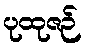
ပုထုဇဉ်